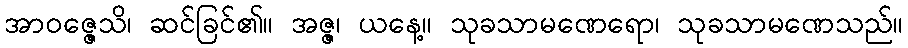
အာဝဇ္ဇေသိ၊ ဆင်ခြင်၏။ အဇ္ဇ၊ ယနေ့။ သုခသာမဏေရော၊ သုခသာမဏေသည်။